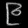
Digit: ၉